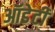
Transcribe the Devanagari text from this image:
ऑडेटी